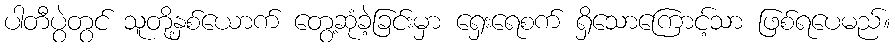
ပါတီပွဲတွင် သူတို့နှစ်ယောက် တွေ့ဆုံခဲ့ခြင်းမှာ ရှေးရေစက် ရှိသောကြောင့်သာ ဖြစ်ရပေမည်။